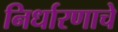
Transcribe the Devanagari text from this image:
निर्धारणाचे